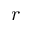
r